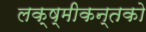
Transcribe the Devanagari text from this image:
लक्ष्मीकन्तको